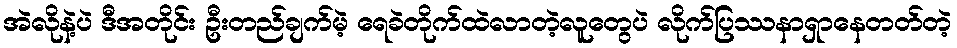
အဲလိုနဲ့ပဲ ဒီအတိုင်း ဦးတည်ချက်မဲ့ ရေခဲတိုက်ထဲလာတဲ့လူတွေပဲ လိုက်ပြဿနာရှာနေတတ်တဲ့